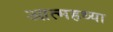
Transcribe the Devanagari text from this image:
आत्महथ्या